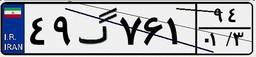
۴۹گ۷۶۱۹۴